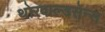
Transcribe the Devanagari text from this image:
थोरवाल्डसेन्स